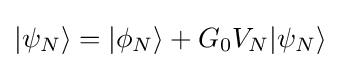
|\psi _{N}\rangle =|\phi _{N}\rangle +G_{0}V_{N}|\psi _{N}\rangle